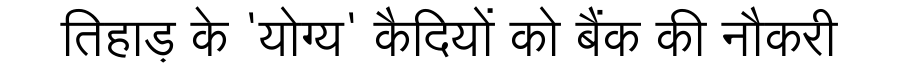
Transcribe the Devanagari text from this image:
तिहाड़ के 'योग्य' कैदियों को बैंक की नौकरी